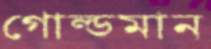
গোল্ডমান